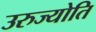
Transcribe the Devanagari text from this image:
उरुज्योति